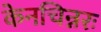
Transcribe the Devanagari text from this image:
केनचिन्नरः